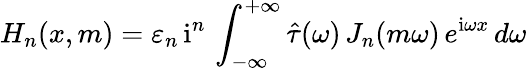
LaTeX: H_{n}(x,m)=\varepsilon_{n}\, \mathrm{i}^{n}\, \int_{-\infty}^{+\infty}\hat{\tau}(\omega)\, J_{n}(m\omega)\, e^{\mathrm{i}\omega x}\, d\omega